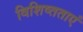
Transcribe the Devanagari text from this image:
विशिष्तताएं